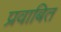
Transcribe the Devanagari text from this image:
प्रवाबित